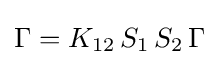
\Gamma =K_{12}\,S_{1}\,S_{2}\,\Gamma